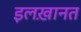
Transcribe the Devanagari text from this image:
इलख़ानत